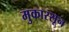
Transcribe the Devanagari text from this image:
मुकारसून